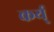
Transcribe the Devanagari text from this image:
कर्य्